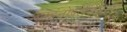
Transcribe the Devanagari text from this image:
डाइनोफ्लैजेलेट्स